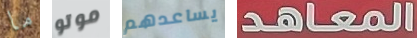
ما موتو يساعدهم المعاهد